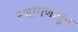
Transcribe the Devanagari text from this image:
रणांगणातुन